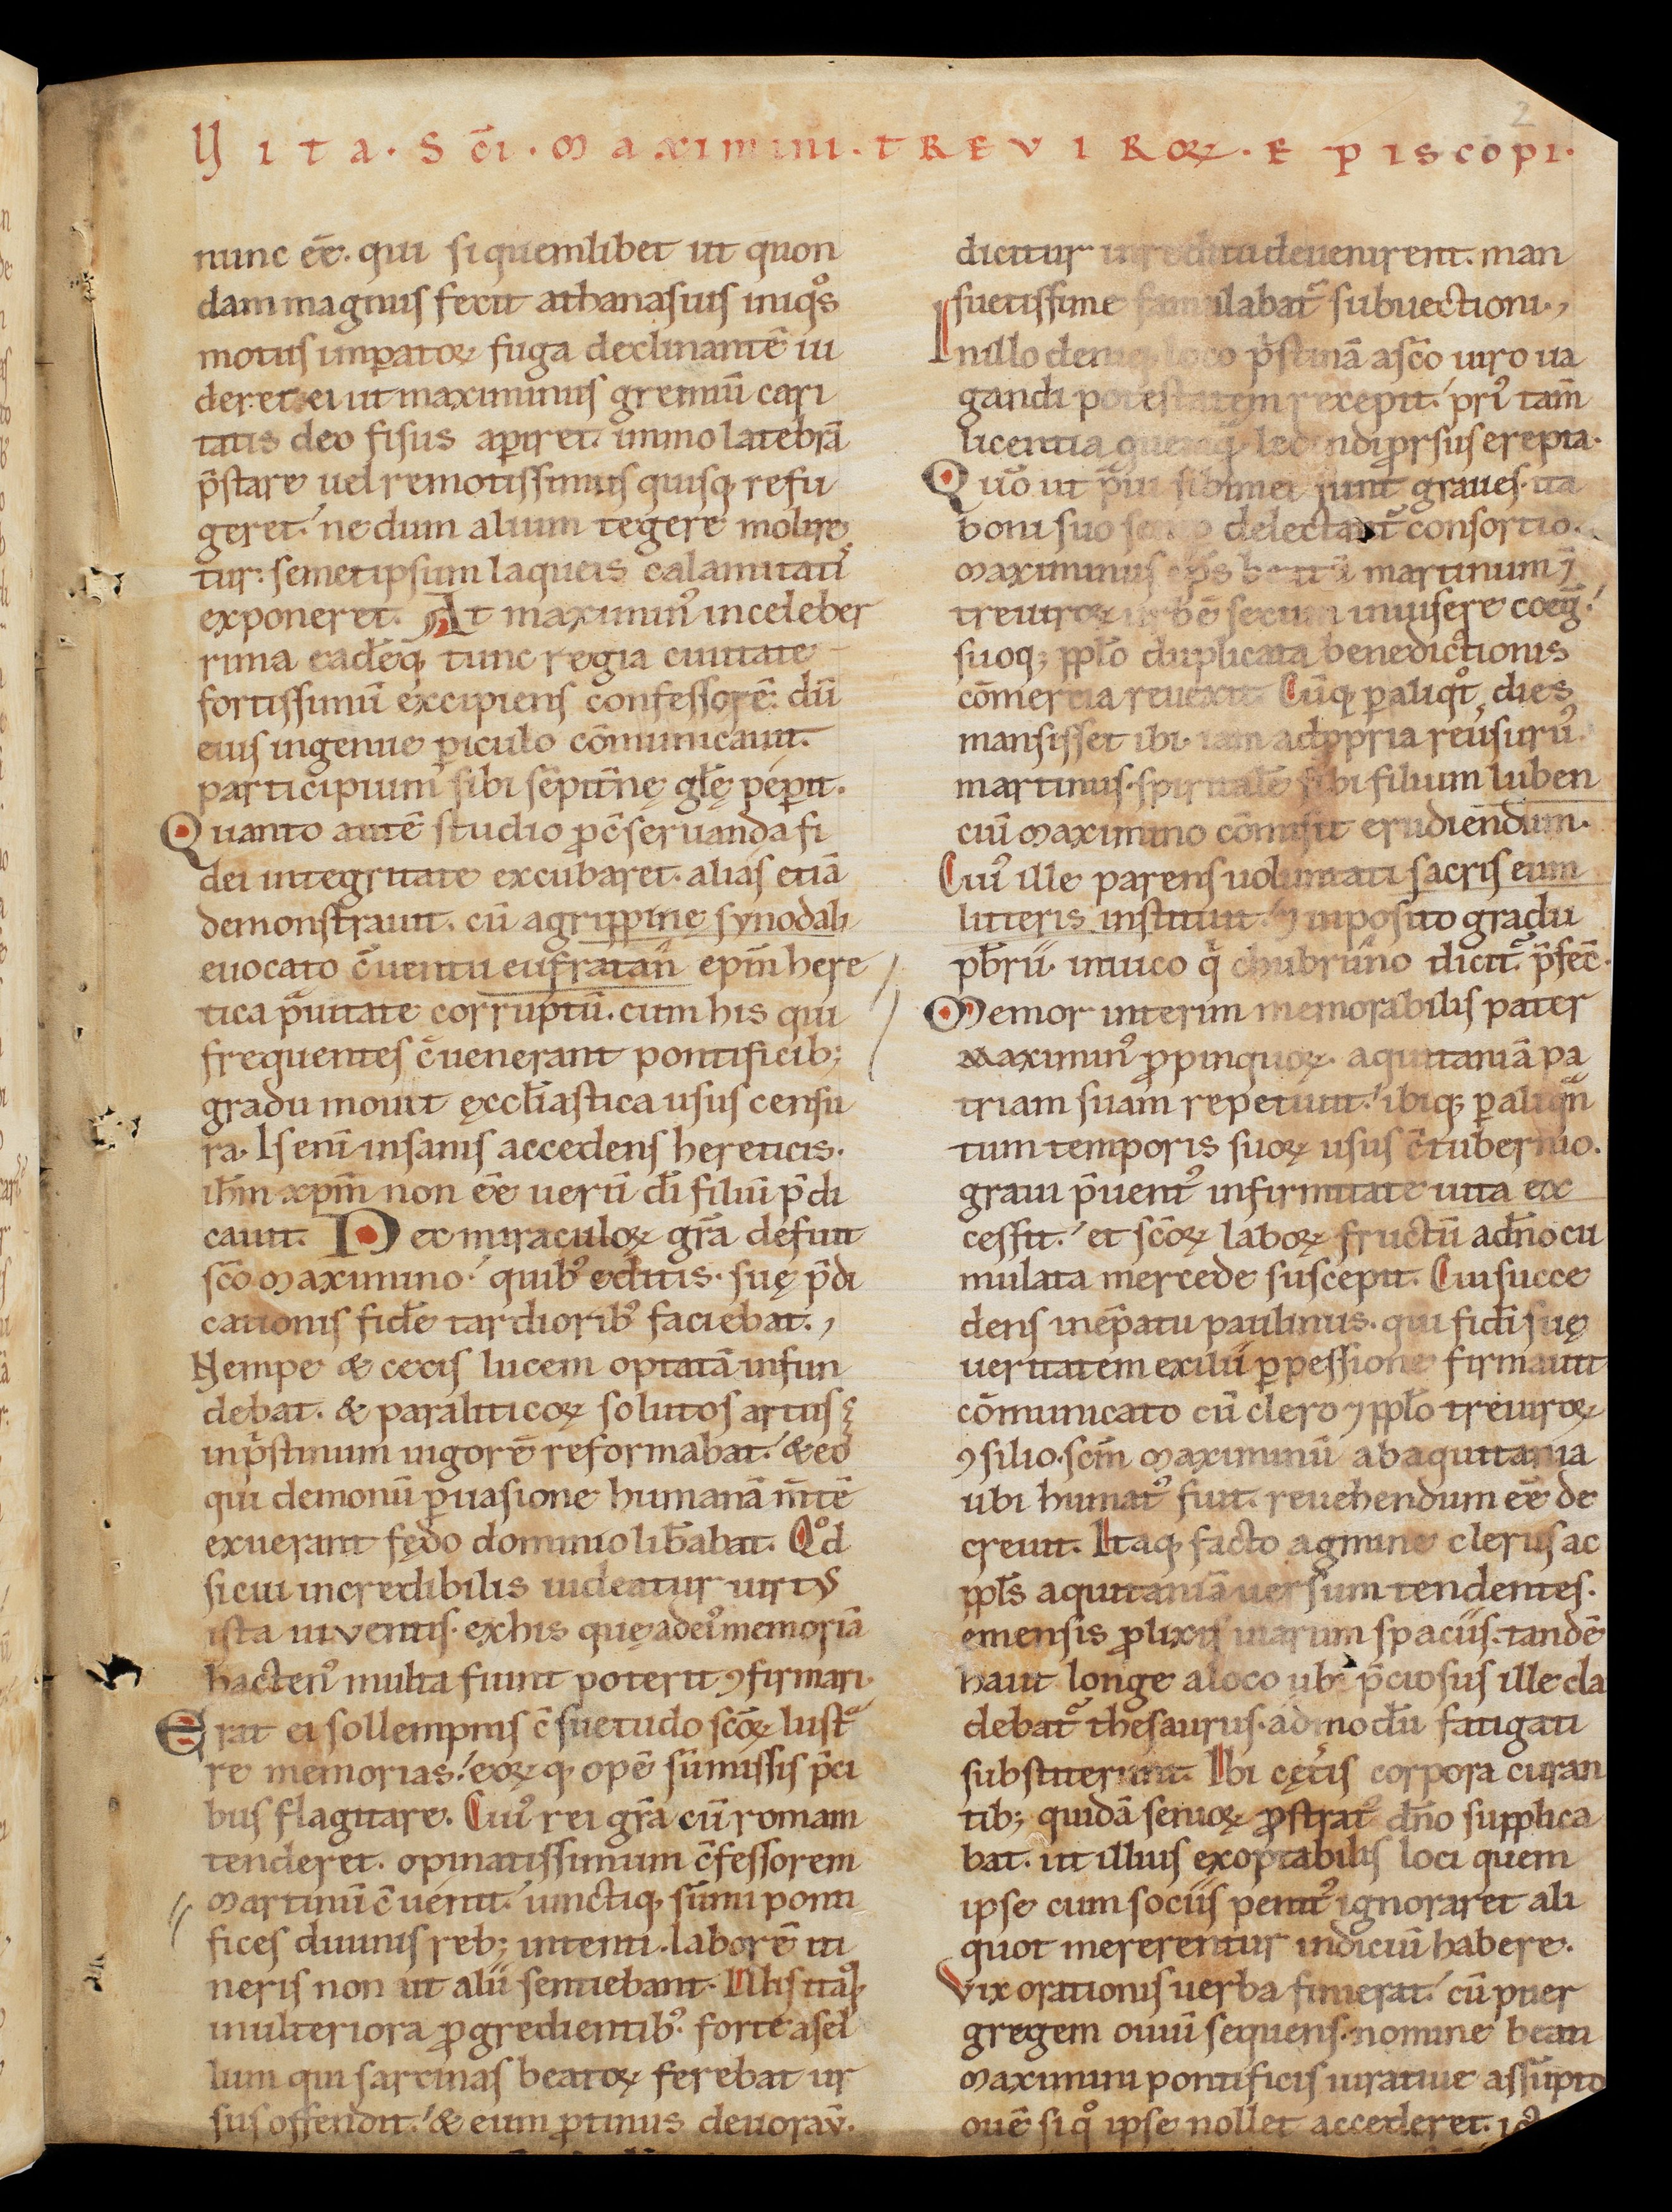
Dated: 1140–1170